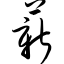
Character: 薪